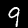
Label: 9